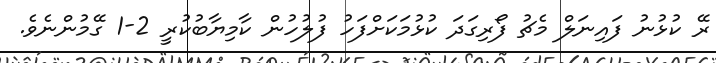
ރޭ ކުޅުނު ފައިނަލް މެޗު ފޯރިގަދަ ކުޅުމަކަށްފަހު ފުލުހުން ކާމިޔާބުކުރީ 2-1 ގޭމުންނެވެ.